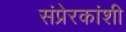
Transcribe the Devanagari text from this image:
संप्रेरकांशी